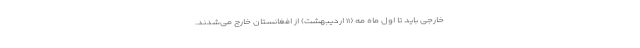
خارجی باید تا اول ماه مه (۱۱ اردیبهشت) از افغانستان خارج می‌شدند.